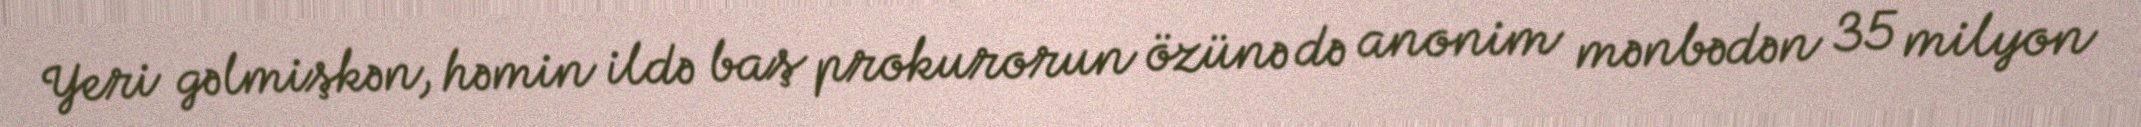
Yeri gəlmişkən, həmin ildə baş prokurorun özünə də anonim mənbədən 35 milyon